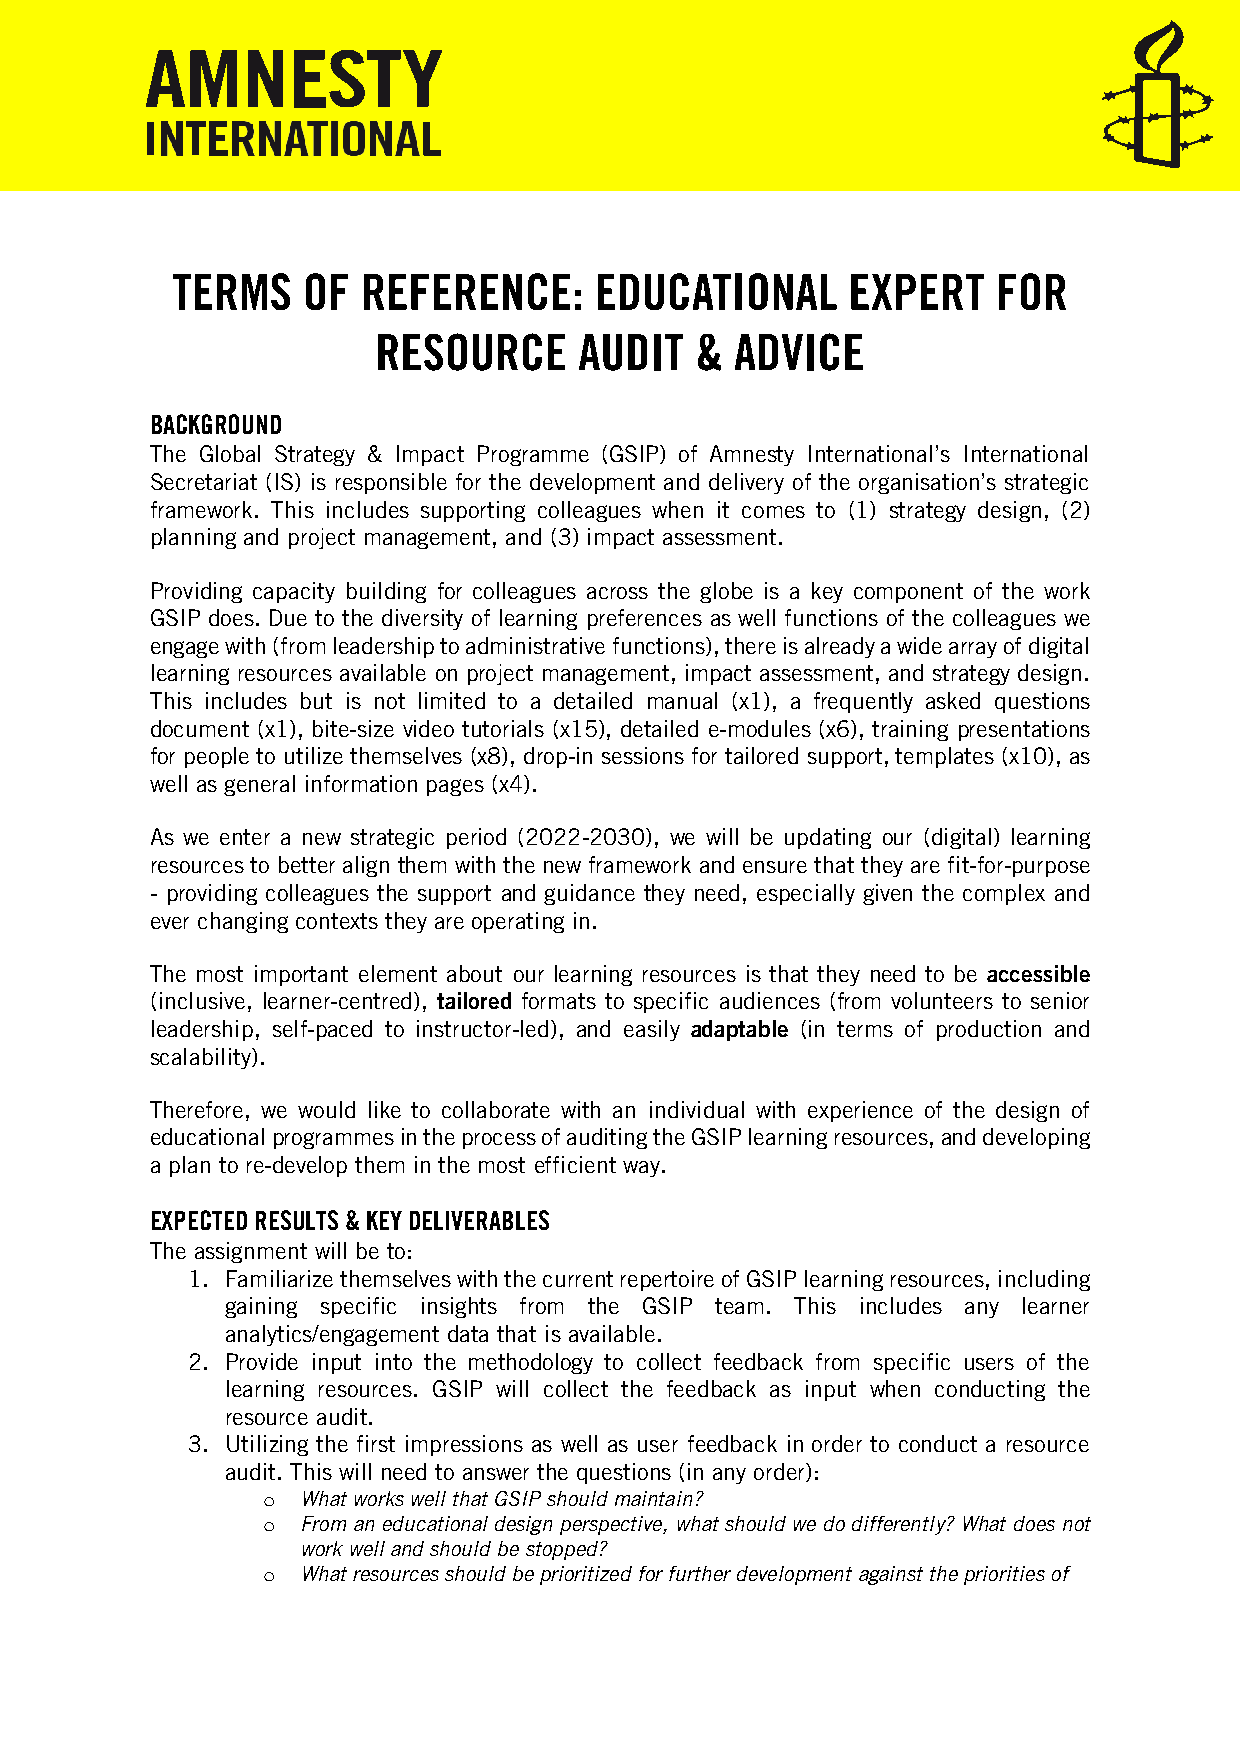
TERMS    OF  REFERENCE:     EDUCATIONAL      EXPERT    FOR
 RESOURCE     AUDIT   &  ADVICE
 BACKGROUND
 The Global Strategy & Impact Programme (GSIP) of Amnesty International’s International
 Secretariat (IS) is responsible for the development and delivery of the organisation’s strategic
 framework. This includes supporting colleagues when it comes to (1) strategy design, (2)
 planning and project management, and (3) impact assessment.
 Providing capacity building for colleagues across the globe is a key component of the work
 GSIP does. Due to the diversity of learning preferences as well functions of the colleagues we
 engage with (from leadership to administrative functions), there is already a wide array of digital
 learning resources available on project management, impact assessment, and strategy design.
 This includes but is not limited to a detailed manual (x1), a frequently asked questions
 document (x1), bite-size video tutorials (x15), detailed e-modules (x6), training presentations
 for people to utilize themselves (x8), drop-in sessions for tailored support, templates (x10), as
 well as general information pages (x4).
 As we enter a new strategic period (2022-2030), we will be updating our (digital) learning
 resources to better align them with the new framework and ensure that they are fit-for-purpose
 - providing colleagues the support and guidance they need, especially given the complex and
 ever changing contexts they are operating in.
 The most important element about our learning resources is that they need to be accessible
 (inclusive, learner-centred), tailored formats to specific audiences (from volunteers to senior
 leadership, self-paced to instructor-led), and easily adaptable (in terms of production and
 scalability).
 Therefore, we would like to collaborate with an individual with experience of the design of
 educational programmes in the process of auditing the GSIP learning resources, and developing
 a plan to re-develop them in the most efficient way.
 EXPECTED RESULTS & KEY DELIVERABLES
 The assignment will be to:
 1. Familiarize themselves with the current repertoire of GSIP learning resources, including
 gaining specific insights from the GSIP team. This includes any learner
 analytics/engagement data that is available.
 2. Provide input into the methodology to collect feedback from specific users of the
 learning resources. GSIP will collect the feedback as input when conducting the
 resource audit.
 3. Utilizing the first impressions as well as user feedback in order to conduct a resource
 audit. This will need to answer the questions (in any order):
 o  What works well that GSIP should maintain?
 o  From an educational design perspective, what should we do differently? What does not
 work well and should be stopped?
 o  What resources should be prioritized for further development against the priorities of